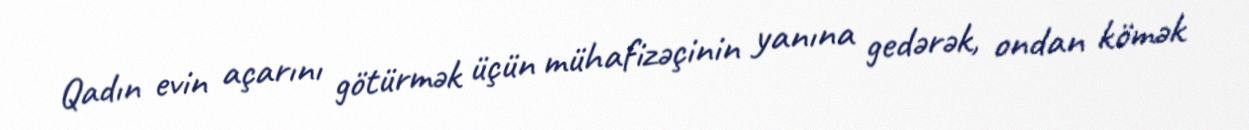
Qadın evin açarını götürmək üçün mühafizəçinin yanına gedərək, ondan kömək